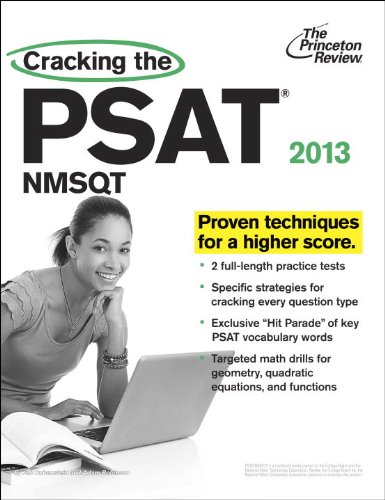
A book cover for Cracking the PSAT/NMSQT, 2013 Edition (College Test Preparation); Princeton Review; Test Preparation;